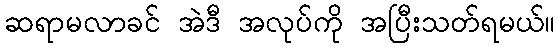
ဆရာမလာခင် အဲဒီ အလုပ်ကို အပြီးသတ်ရမယ်။